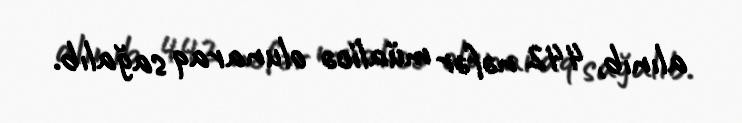
alınıb, 442 nəfər müalicə olunaraq sağalıb.